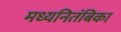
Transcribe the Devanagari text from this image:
मध्यनितंबिका